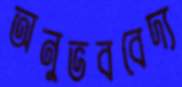
অনুভববেদ্য